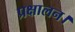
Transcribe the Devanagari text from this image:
प्रक्षालन।